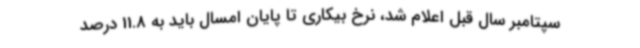
سپتامبر سال قبل اعلام شد، نرخ بیکاری تا پایان امسال باید به 11.8 درصد